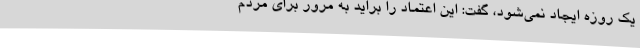
یک روزه ایجاد نمی‌شود، گفت: این اعتماد را براید به مرور برای مردم